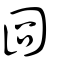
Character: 臦